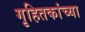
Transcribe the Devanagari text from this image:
गृहितकांच्या